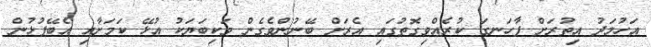
އަހުމަދު އިތުރަށް ފާހަނގަ ކުރެއްވިގޮތުގައި އެރަށް ބޭނުންވެގެން ވަކިބަޔަކު އުޅޭ ކަމަށާއި އެބޭފުޅުން